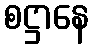
စဋ္ဌာနေ